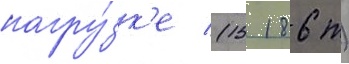
нагру́зк'е (15 186 т)